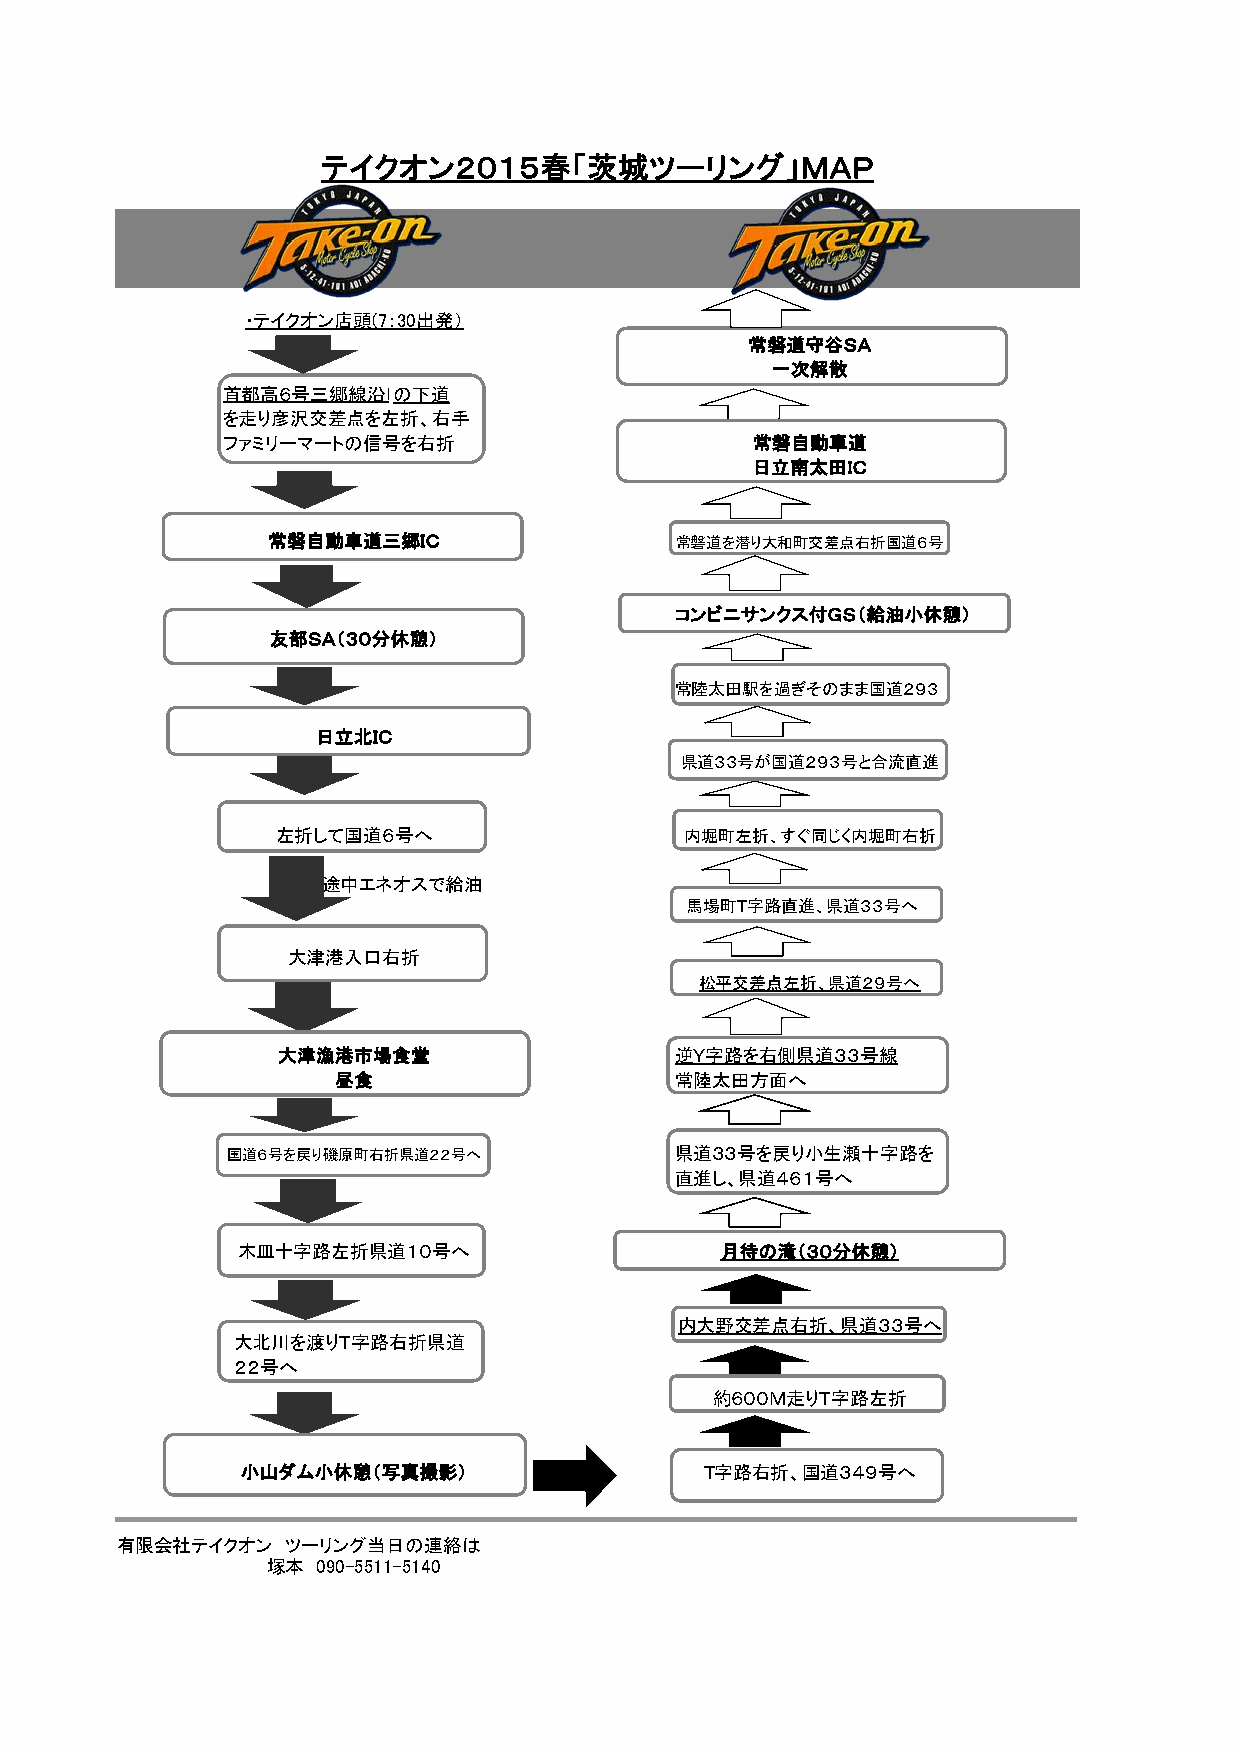
テイクオン２０１５春「茨城ツーリング」ＭＡＰ
 ・テイクオン店頭(7：30出発）
 常磐道守谷ＳＡ
 一次解散
 首都高６号三郷線沿いの下道
 を走り彦沢交差点を左折、右手
 ファミリーマートの信号を右折                     常磐自動車道
 日立南太田ＩＣ
 常磐自動車道三郷ＩＣ                 常磐道を潜り大和町交差点右折国道６号
 コンビニサンクス付ＧＳ（給油小休憩）
 友部ＳＡ（３０分休憩）
 常陸太田駅を過ぎそのまま国道２９３
 日立北ＩＣ
 県道３３号が国道２９３号と合流直進
 左折して国道６号へ                  内堀町左折、すぐ同じく内堀町右折
 途中エネオスで給油
 馬場町Ｔ字路直進、県道３３号へ
 大津港入口右折
 松平交差点左折、県道２９号へ
 大津漁港市場食堂                  逆Ｙ字路を右側県道３３号線
 昼食                     常陸太田方面へ
 国道６号を戻り磯原町右折県道２２号へ            県道３３号を戻り小生瀬十字路を
 直進し、県道４６１号へ
 木皿十字路左折県道１０号へ                   月待の滝（３０分休憩）
 内大野交差点右折、県道３３号へ
 大北川を渡りＴ字路右折県道
 ２２号へ
 約６００Ｍ走りＴ字路左折
 小山ダム小休憩（写真撮影）                  Ｔ字路右折、国道３４９号へ
 有限会社テイクオン  ツーリング当日の連絡は
 塚本 090-5511-5140